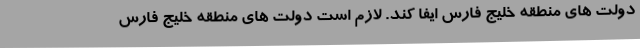
دولت های منطقه خلیج فارس ایفا کند. لازم است دولت های منطقه خلیج فارس